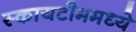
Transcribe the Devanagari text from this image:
स्कायटीममध्ये